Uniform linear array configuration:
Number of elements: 64
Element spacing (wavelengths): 0.75
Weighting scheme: uniform
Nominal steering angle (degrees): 30
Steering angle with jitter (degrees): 30.188
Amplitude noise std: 0.05
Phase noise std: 0.05

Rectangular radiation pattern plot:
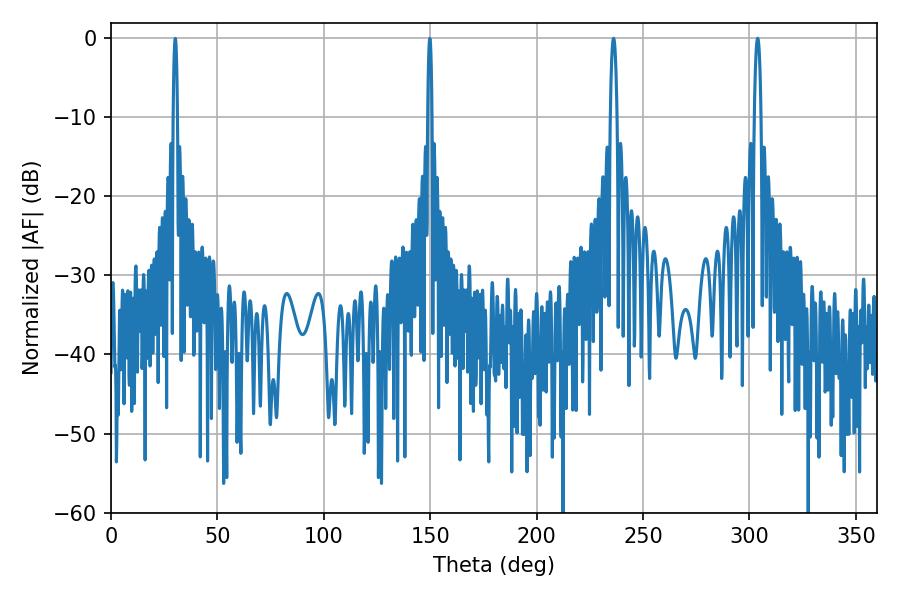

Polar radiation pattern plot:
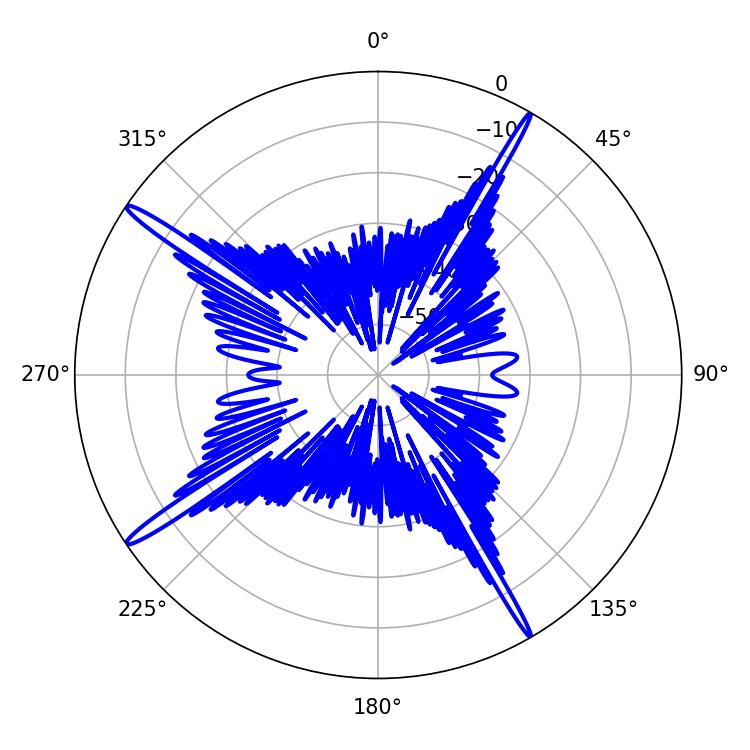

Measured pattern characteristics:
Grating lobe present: TRUE
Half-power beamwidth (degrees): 1.8
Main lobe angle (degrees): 303.84